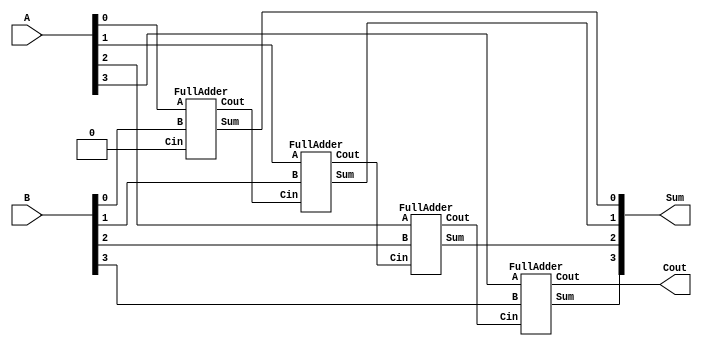
module carry_la(
    input wire [3:0] A,
    input wire [3:0] B,
    output wire [3:0] Sum,
    output wire Cout
);

wire [3:0] C; // Carry signals for each bit

FullAdder FA0 (.A(A[0]), .B(B[0]), .Cin(1'b0), .Sum(Sum[0]), .Cout(C[0]));
FullAdder FA1 (.A(A[1]), .B(B[1]), .Cin(C[0]), .Sum(Sum[1]), .Cout(C[1]));
FullAdder FA2 (.A(A[2]), .B(B[2]), .Cin(C[1]), .Sum(Sum[2]), .Cout(C[2]));
FullAdder FA3 (.A(A[3]), .B(B[3]), .Cin(C[2]), .Sum(Sum[3]), .Cout(Cout));

endmodule

module FullAdder(
    input wire A,
    input wire B,
    input wire Cin,
    output wire Sum,
    output wire Cout
);

assign Sum = A ^ B ^ Cin;
assign Cout = (A & B) | (B & Cin) | (A & Cin);			// two of the input are 1 mean there is Cout

endmodule